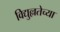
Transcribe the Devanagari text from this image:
विद्युल्लतेच्या